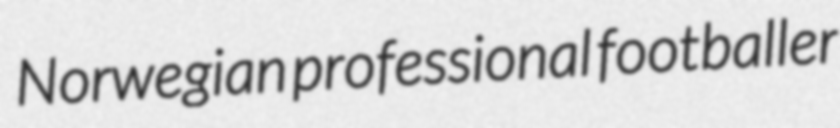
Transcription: Norwegian professional footballer